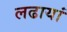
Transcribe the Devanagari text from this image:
लढायां